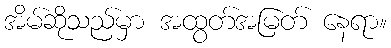
အိမ်ဆိုသည်မှာ အထွတ်အမြတ် နေရာ။